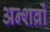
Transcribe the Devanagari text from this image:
अन्शव्रों